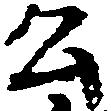
公